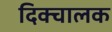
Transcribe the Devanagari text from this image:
दिक्चालक